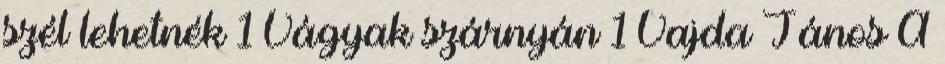
szél lehetnék 1 Vágyak szárnyán 1 Vajda János A